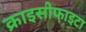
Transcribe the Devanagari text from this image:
क्राइसोफाइटा